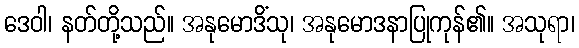
ဒေဝါ၊ နတ်တို့သည်။ အနုမောဒိံသု၊ အနုမောဒနာပြုကုန်၏။ အသုရာ၊